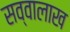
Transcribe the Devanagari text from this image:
सव्वालाख